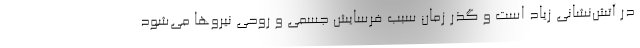
در آتش‌نشانی زیاد است و گذر زمان سبب فرسایش جسمی و روحی نیروها می‌شود